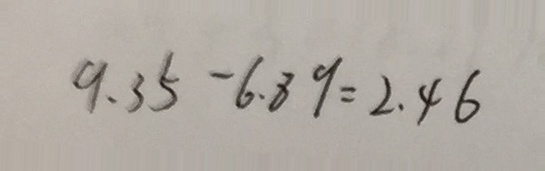
9 . 3 5 - 6 . 8 9 = 2 . 4 6